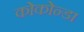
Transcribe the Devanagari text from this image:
कोकोन्डा